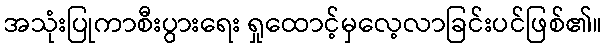
အသုံးပြုကာစီးပွားရေး ရှုထောင့်မှလေ့လာခြင်းပင်ဖြစ်၏။